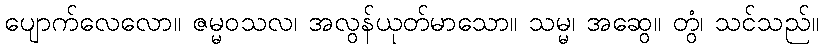
ပျောက်လေလော။ ဇမ္မဝသလ၊ အလွန်ယုတ်မာသော။ သမ္မ၊ အဆွေ။ တွံ၊ သင်သည်။